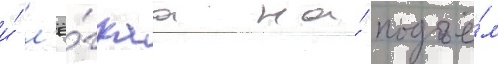
и́ л'ё́гкаа на́ подъё́м